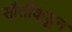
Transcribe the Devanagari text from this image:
सौतीकडून